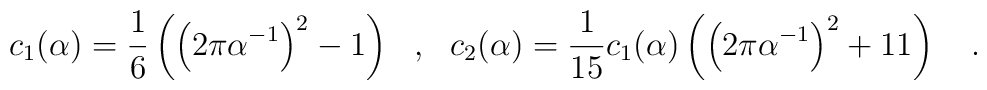
c_1(\alpha)=\frac 16 \left(\left(2\pi \alpha^{-1}\right)^2-1\right)~~,~~c_2(\alpha)={1 \over 15} c_1(\alpha)\left(\left(2\pi \alpha^{-1}\right)^2+11\right)~~~.